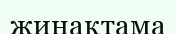
жинақтама